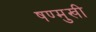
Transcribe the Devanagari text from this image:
षण्मुखी